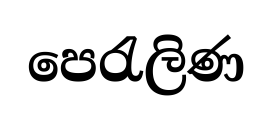
පෙරැලිණ